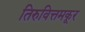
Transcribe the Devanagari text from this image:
तिरुवित्तमकूर